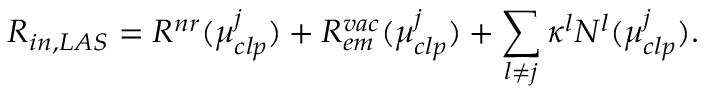
R _ { i n , L A S } = R ^ { n r } ( \mu _ { c l p } ^ { j } ) + R _ { e m } ^ { v a c } ( \mu _ { c l p } ^ { j } ) + \sum _ { l \neq j } \kappa ^ { l } N ^ { l } ( \mu _ { c l p } ^ { j } ) .